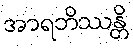
အာရဘိဿန္တိ